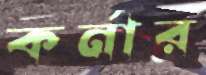
কর্নার